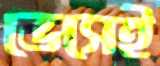
ভেসেই